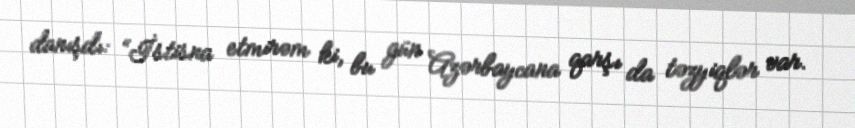
danışdı: “İstisna etmirəm ki, bu gün Azərbaycana qarşı da təzyiqlər var.